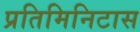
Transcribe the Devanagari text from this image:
प्रतिमिनिटास